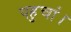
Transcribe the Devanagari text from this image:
पहुचां।